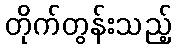
တိုက်တွန်းသည့်